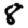
Digit: 8